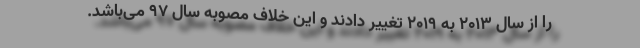
را از سال ۲۰۱۳ به ۲۰۱۹ تغییر دادند و این خلاف مصوبه سال ۹۷ می‌باشد.